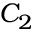
C _ { 2 }